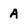
Character: A